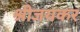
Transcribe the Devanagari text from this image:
श्रीजयकर